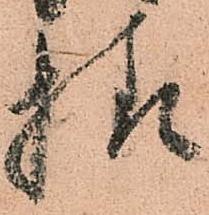
様